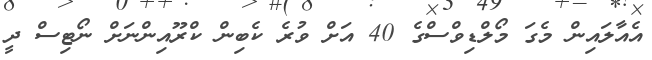
އެއާލައިން މެގަ މޯލްޑިވްސްގެ 40 އަށް ވުރެ ކެބިން ކްރޫއިންނަށް ނޯޓިސް ދީ